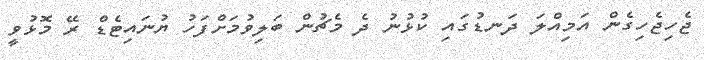
ޖެހިޖެހިގެން އަމިއްލަ ދަނޑުގައި ކުޅުނު ދެ މެޗުން ބަލިވުމަށްފަހު ޔުނައިޓެޑް ރޭ މޮޅުވީ